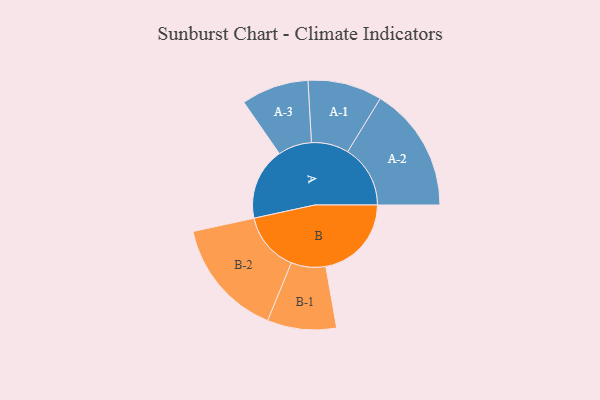
{"axis": {"x": "Segment", "y": "Value"}, "legend": ["", "A", "B"], "data": [{"x": "A", "y": 270, "type": ""}, {"x": "B", "y": 320, "type": ""}, {"x": "A-1", "y": 139, "type": "A"}, {"x": "A-2", "y": 234, "type": "A"}, {"x": "A-3", "y": 126, "type": "A"}, {"x": "B-1", "y": 129, "type": "B"}, {"x": "B-2", "y": 222, "type": "B"}]}